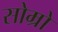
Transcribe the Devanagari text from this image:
सोम्रो